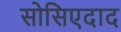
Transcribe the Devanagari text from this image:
सोसिएदाद